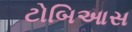
ટોબિઆસ